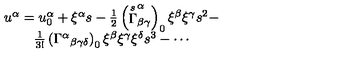
\begin{array} { c } { u ^ { \alpha } = u _ { 0 } ^ { \alpha } + \xi ^ { \alpha } s - \frac 1 2 \left( \stackrel { s } { \Gamma } _ { \beta \gamma } ^ { \alpha } \right) _ { 0 } \xi ^ { \beta } \xi ^ { \gamma } s ^ { 2 } - } \\ { \frac 1 { 3 ! } \left( \Gamma ^ { \alpha } { } _ { \beta \gamma \delta } \right) _ { 0 } \xi ^ { \beta } \xi ^ { \gamma } \xi ^ { \delta } s ^ { 3 } - \cdots } \\ \end{array}